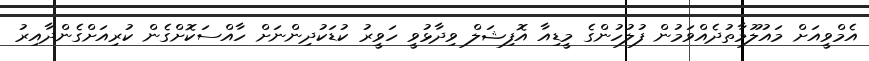
އެމްވީއަށް މައުލޫމާތުދެއްވަމުން ފުލުހުންގެ މީޑިއާ އޮފިޝަލް ވިދާޅުވީ ހަވީރު ކުޑަކުދިންނަށް ހާއްސަކޮށްގެން ކުރިއަށްގެންދާއިރު